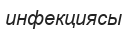
инфекциясы